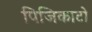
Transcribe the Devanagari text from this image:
पिजिकाटो